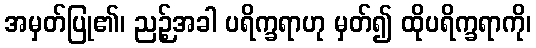
အမှတ်ပြု၏၊ ညဉ့်အခါ ပရိက္ခရာဟု မှတ်၍ ထိုပရိက္ခရာကို၊